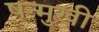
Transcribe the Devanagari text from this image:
षन्मुखी